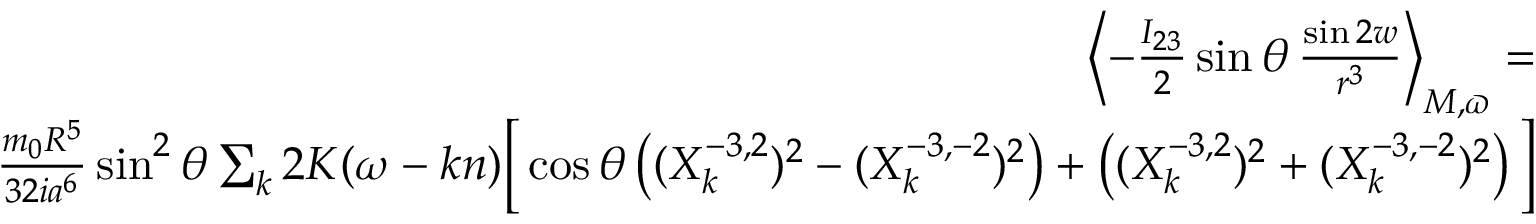
\begin{array} { r l r } { \left\langle - \frac { I _ { 2 3 } } { 2 } \sin \theta \, \frac { \sin 2 w } { r ^ { 3 } } \right\rangle _ { M , \varpi } = } & { } & \\ { \frac { m _ { 0 } R ^ { 5 } } { 3 2 i a ^ { 6 } } \sin ^ { 2 } \theta \sum _ { k } 2 K ( \omega - k n ) \Big [ \cos \theta \left( ( X _ { k } ^ { - 3 , 2 } ) ^ { 2 } - ( X _ { k } ^ { - 3 , - 2 } ) ^ { 2 } \right) + \left( ( X _ { k } ^ { - 3 , 2 } ) ^ { 2 } + ( X _ { k } ^ { - 3 , - 2 } ) ^ { 2 } \right) \Big ] } \end{array}